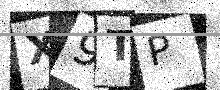
Text: X9TP